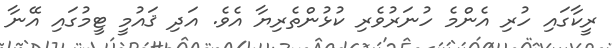
ރީކާގައި ހުރި އެންމެ ހުނަރުވެރި ކުޅުންތެރިޔާ އެވެ. އަދި ޤައުމީ ޓީމުގައި އޭނާ